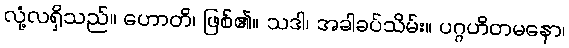
လုံ့လရှိသည်။ ဟောတိ၊ ဖြစ်၏။ သဒါ၊ အခါခပ်သိမ်း။ ပဂ္ဂဟိတမနော၊